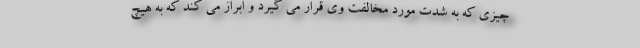
چیزی که به شدت مورد مخالفت وی قرار می گیرد و ابراز می کند که به هیچ